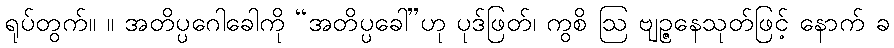
ရုပ်တွက်။ ။ အတိပ္ပဂေါခေါကို “အတိပ္ပခေါ”ဟု ပုဒ်ဖြတ်၊ ကွစိ ဩ ဗျဉ္ဇနေသုတ်ဖြင့် နောက် ခ